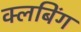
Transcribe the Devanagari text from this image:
क्लबिंग